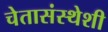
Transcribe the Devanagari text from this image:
चेतासंस्थेशी